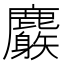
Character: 𪋧